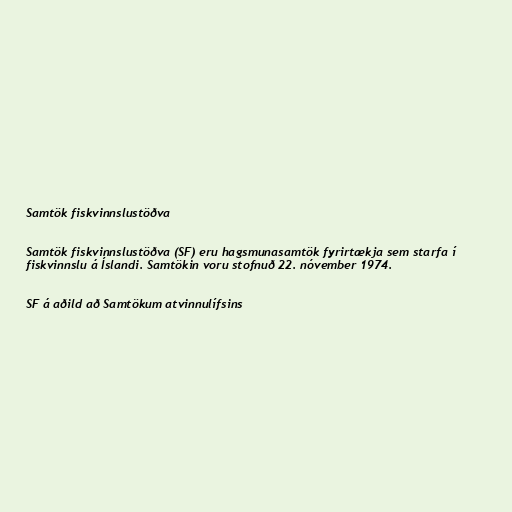
Samtök fiskvinnslustöðva

Samtök fiskvinnslustöðva (SF) eru hagsmunasamtök fyrirtækja sem starfa í
fiskvinnslu á Íslandi. Samtökin voru stofnuð 22. nóvember 1974.

SF á aðild að Samtökum atvinnulífsins